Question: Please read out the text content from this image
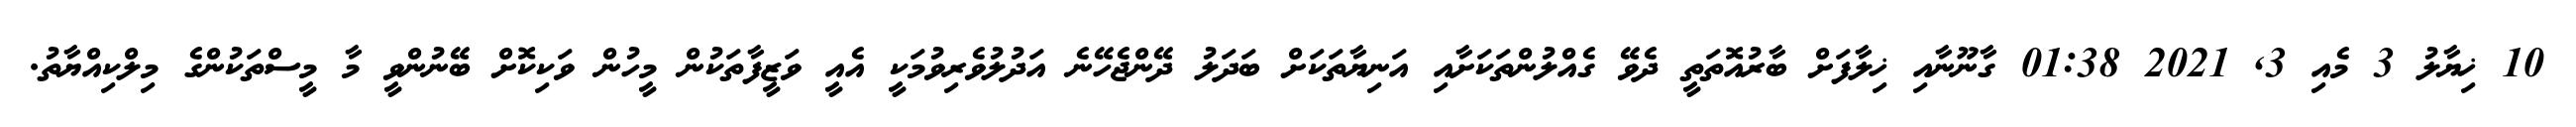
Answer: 10 ޚިޔާލު 3 މެއި 3, 2021 01:38 ގާނޫނާއި ޚިލާފަށް ބާރުއޮތަތީ ދެވޭ ގެއްލުންތަކަށާއި އަނިޔާތަކަށް ބަދަލު ދޭންޖެހޭނެ އަދުލުވެރިވުމަކީ އެއީ ވަޒީފާތަކުން މީހުން ވަކިކޮށް ބޭނުންވީ މާ މީސްތަކުންގެ މިލްކިއްޔާތު.